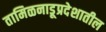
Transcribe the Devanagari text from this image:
तामिळनाडूप्रदेशातील